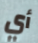
أي